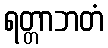
ရတ္တာဘတံ